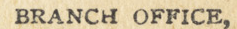
BRANCH OFFICE,